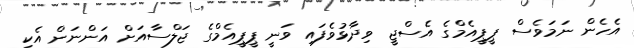
އެހެން ނަމަވެސް ޕީޕީއެމްގެ އެސްޖީ ވިދާޅުވެފައި ވަނީ ޕީޕީއެމްގެ ޖަލްސާއަށް އަންނަން އެކި